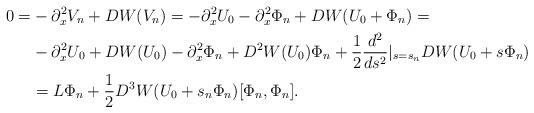
LaTeX: \begin{align*} 0=&-\partial _x^2V_n+DW(V_n)=-\partial_x^2U_0-\partial_x^2\Phi_n+DW(U_0+\Phi_n)=\\ & -\partial_x^2U_0+DW(U_0) -\partial_x^2\Phi_n + D^2W(U_0)\Phi_n + \frac12 \frac{d^2}{ds^2}|_{s=s_n}DW(U_0+s\Phi_n)\\ &= L\Phi_n + \frac12 D^3 W(U_0+s_n\Phi_n)[\Phi_n,\Phi_n].\end{align*}